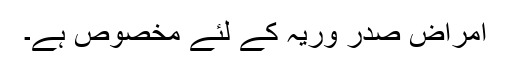
امراض صدر وریہ کے لئے مخصوص ہے۔